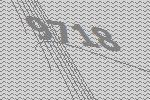
9718